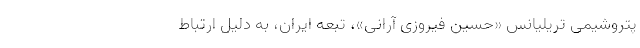
پتروشیمی تریلیانس «حسین فیروزی آرانی»، تبعه ایران، به دلیل ارتباط